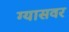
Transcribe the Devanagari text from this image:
ग्यासवर